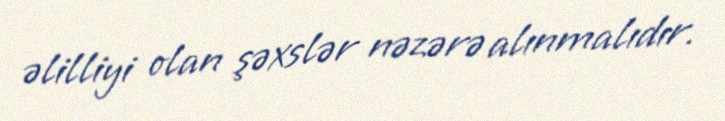
əlilliyi olan şəxslər nəzərə alınmalıdır.